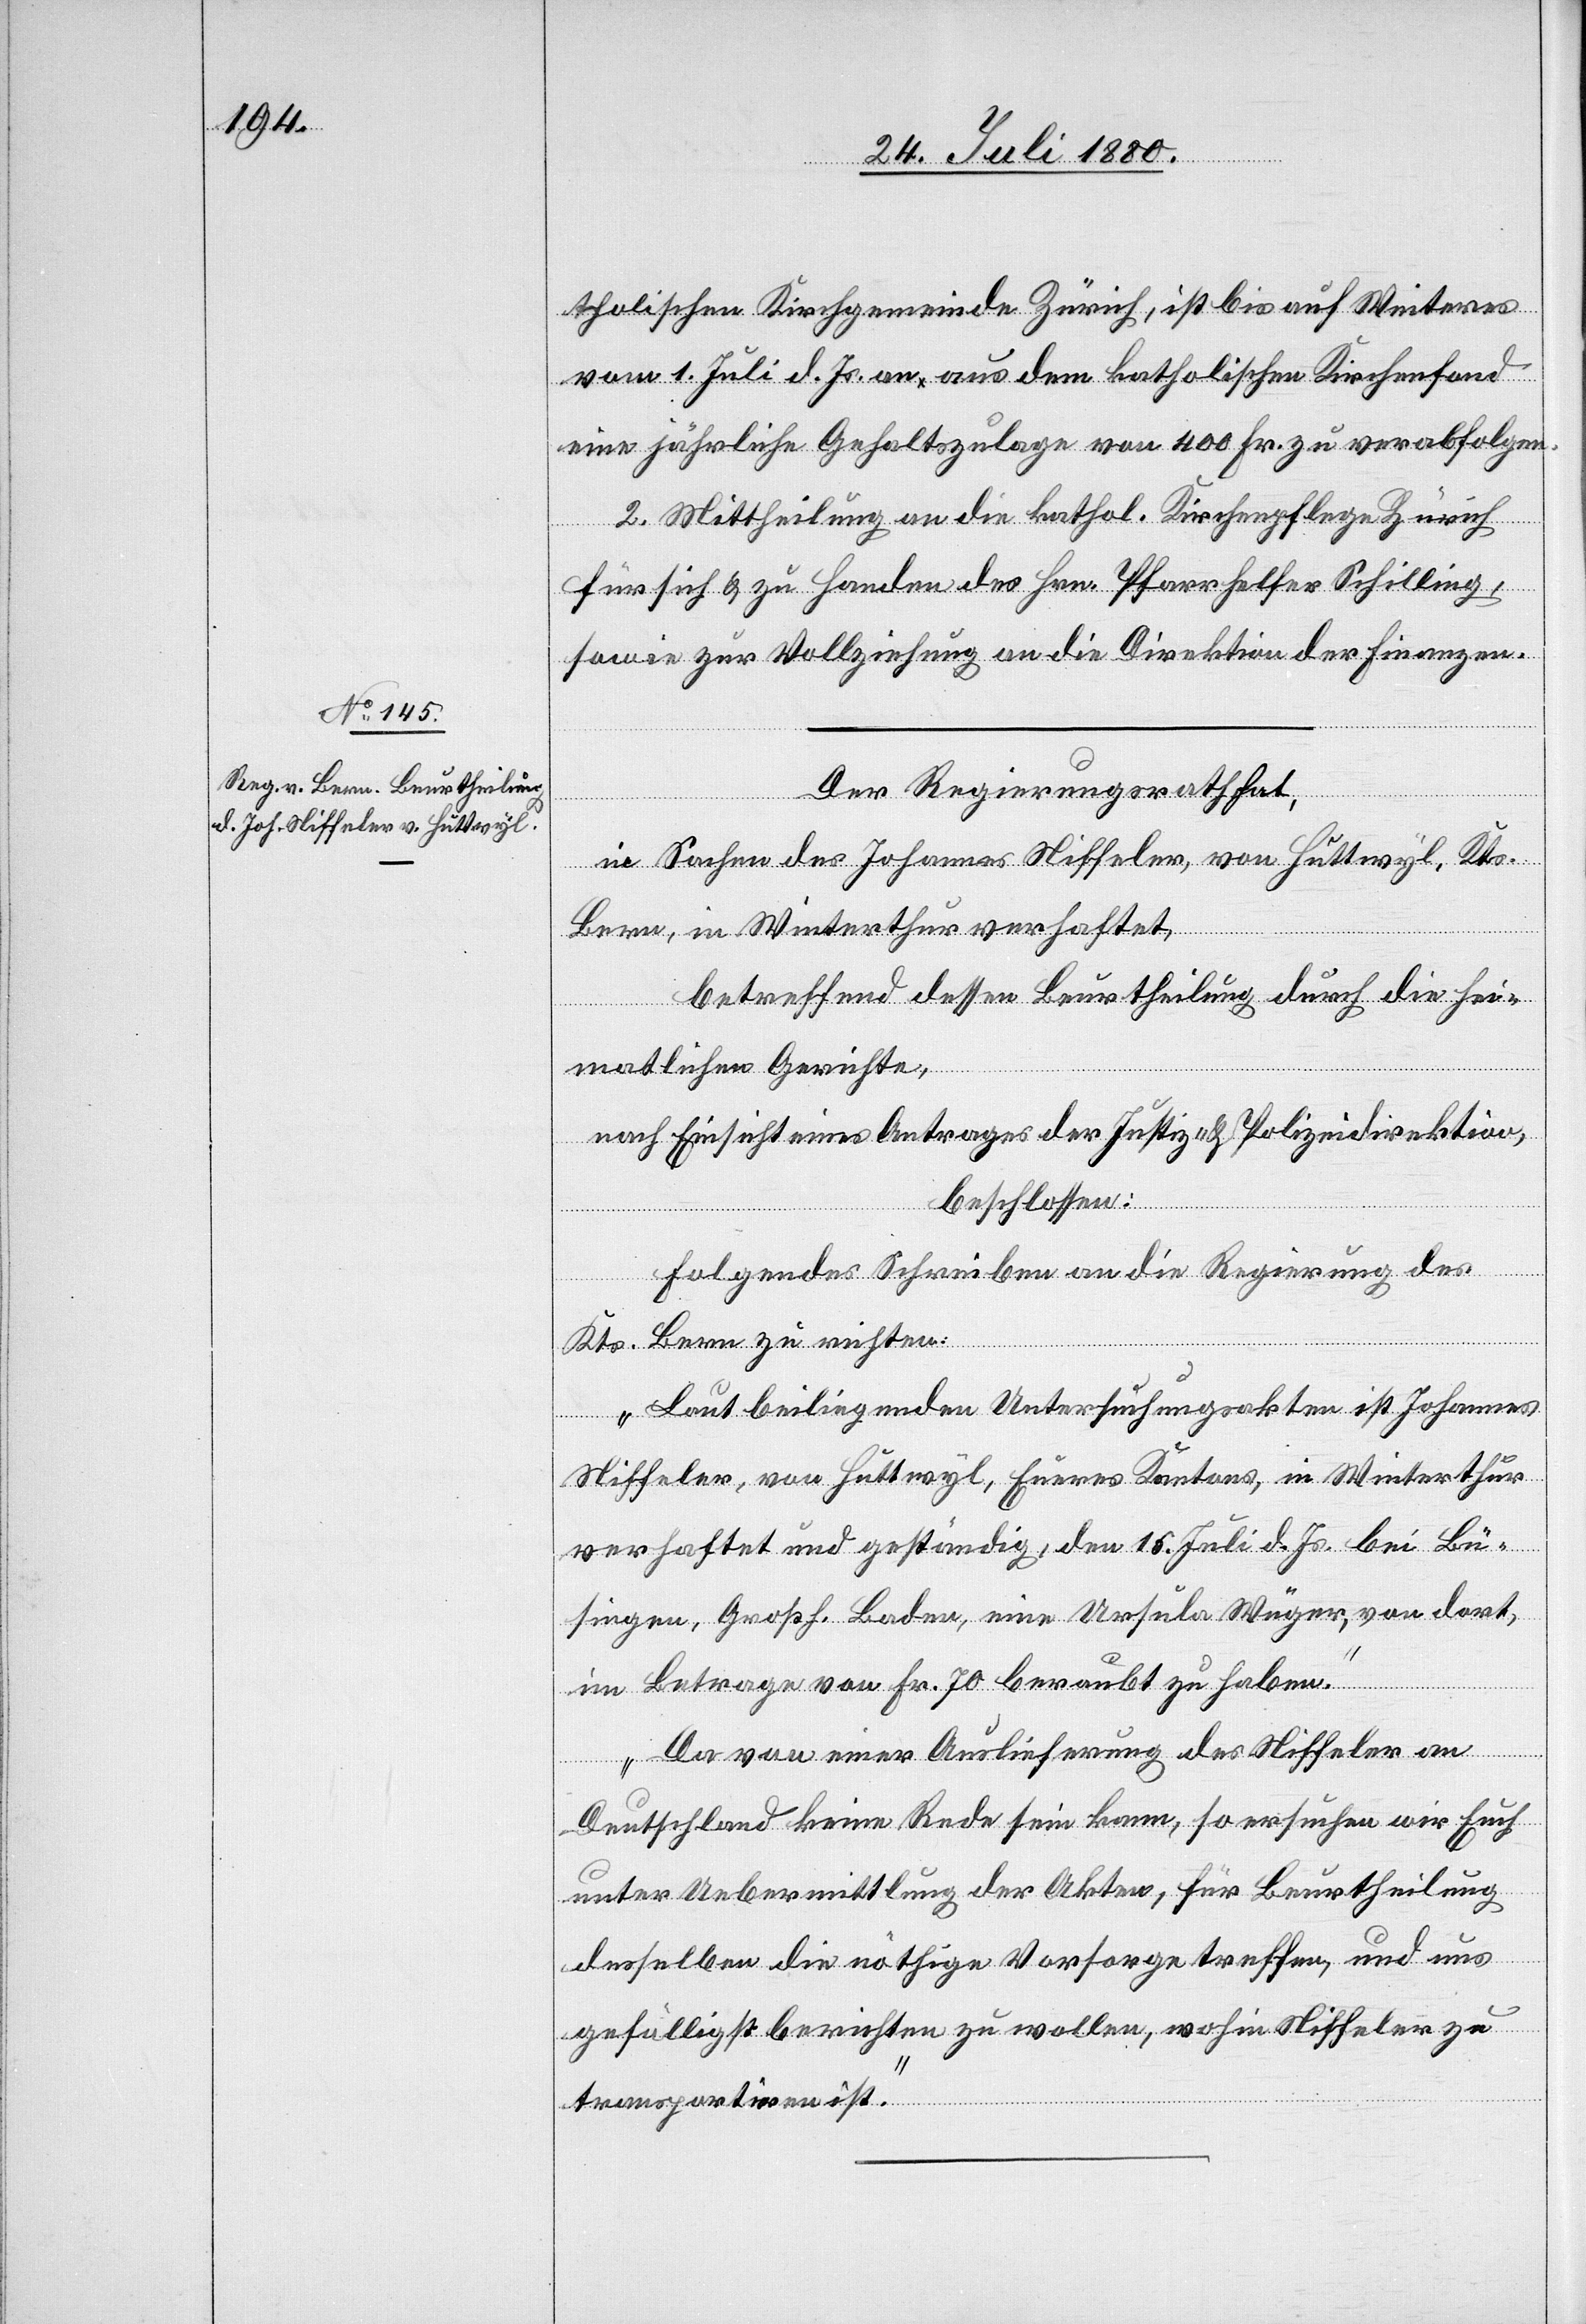
tholischen Kirchgemeinde Zürich, ist bis auf Weiteres
vom 1. Juli d. Js. an aus dem katholischen Kirchenfond
eine jährliche Gehaltszulage von 400 Fr. zu verabfolgen.
2. Mittheilung an die kathol. Kirchenpflege Zürich
für sich & zu Handen des Hrn. Pfarrhelfer Schilling,
sowie zur Vollziehung an die Direktion der Finanzen.
Der Regierungsrath hat,
in Sachen des Johannes Niffeler, von Hüttwyl, Kts.
Bern, in Winterthur verhaftet,
betreffend dessen Beurtheilung durch die hei¬
matlichen Gerichte,
nach Einsicht eines Antrages der Justiz- & Polizeidirektion,
beschlossen:
Folgendes Schreiben an die Regierung des
Kts. Bern zu richten:
„Laut beiliegenden Untersuchungsakten ist Johannes
Niffeler, von Hüttwyl, Eueres Kantons, in Winterthur
verhaftet und geständig, den 15. Juli d. Js. bei Bü¬
singen, Großh. Baden, eine Ursula Wüger, von dort
im Betrage von Fr. 70 beraubt zu haben.
Der von einer Auslieferung des Niffeler an
Deutschland keine Rede sein kann, so ersuchen wir Euch
unter Uebermittlung der Akten, für Beurtheilung
desselben die nöthige Vorsorge treffen, und uns
gefälligst berichten zu wollen, wohin Niffeler zu
transportiren ist.“